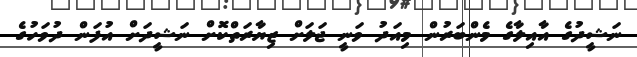
ނަޝީދުގެ އާއިލާގެ މެންބަރުން މިއަދު ވަނީ ޖަލަށް ޒިޔާރަތްކޮށް ނަޝީދަށް އުފަން ދުވަހުގެ